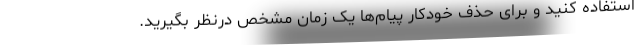
استفاده کنید و برای حذف خودکار پیام‌ها یک زمان مشخص درنظر بگیرید.